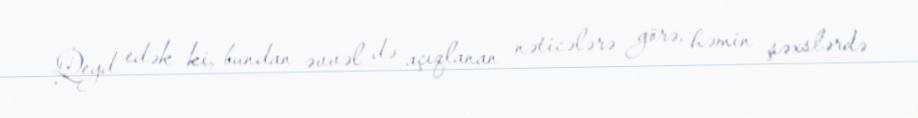
Qeyd edək ki, bundan əvvəl də açıqlanan nəticələrə görə, həmin şəxslərdə